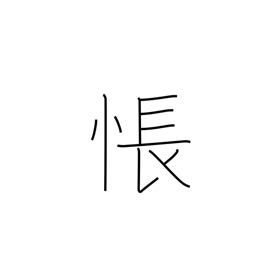
Meaning: be sad